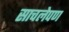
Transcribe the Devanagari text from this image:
साचलेपण